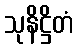
သုနိဋ္ဌိတံ